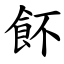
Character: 䬪